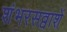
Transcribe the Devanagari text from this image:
शंभरसव्वाशें